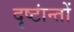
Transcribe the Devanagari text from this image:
दृष्टांन्तों